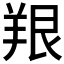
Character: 𫅔